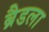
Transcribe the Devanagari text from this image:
ब्रैडला